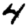
Digit: 4